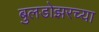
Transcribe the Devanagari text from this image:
बुलडोझरच्या